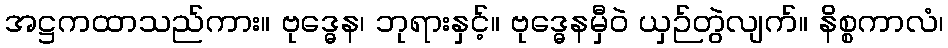
အဋ္ဌကထာသည်ကား။ ဗုဒ္ဓေန၊ ဘုရားနှင့်။ ဗုဒ္ဓေနမှီဝဲ ယှဉ်တွဲလျက်။ နိစ္စကာလံ၊